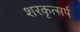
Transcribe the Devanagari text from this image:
शरकृत्‍सर्प